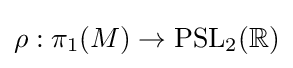
\rho :\pi _{1}(M)\to \mathrm {PSL} _{2}(\mathbb {R} )